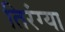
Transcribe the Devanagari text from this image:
तिरंग्या